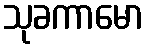
သုခကာမော